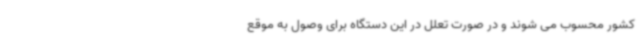
کشور محسوب می شوند و در صورت تعلل در این دستگاه برای وصول به موقع